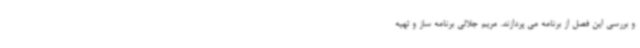
و بررسی این فصل از برنامه می پردازند. مریم جلالی برنامه ساز و تهیه